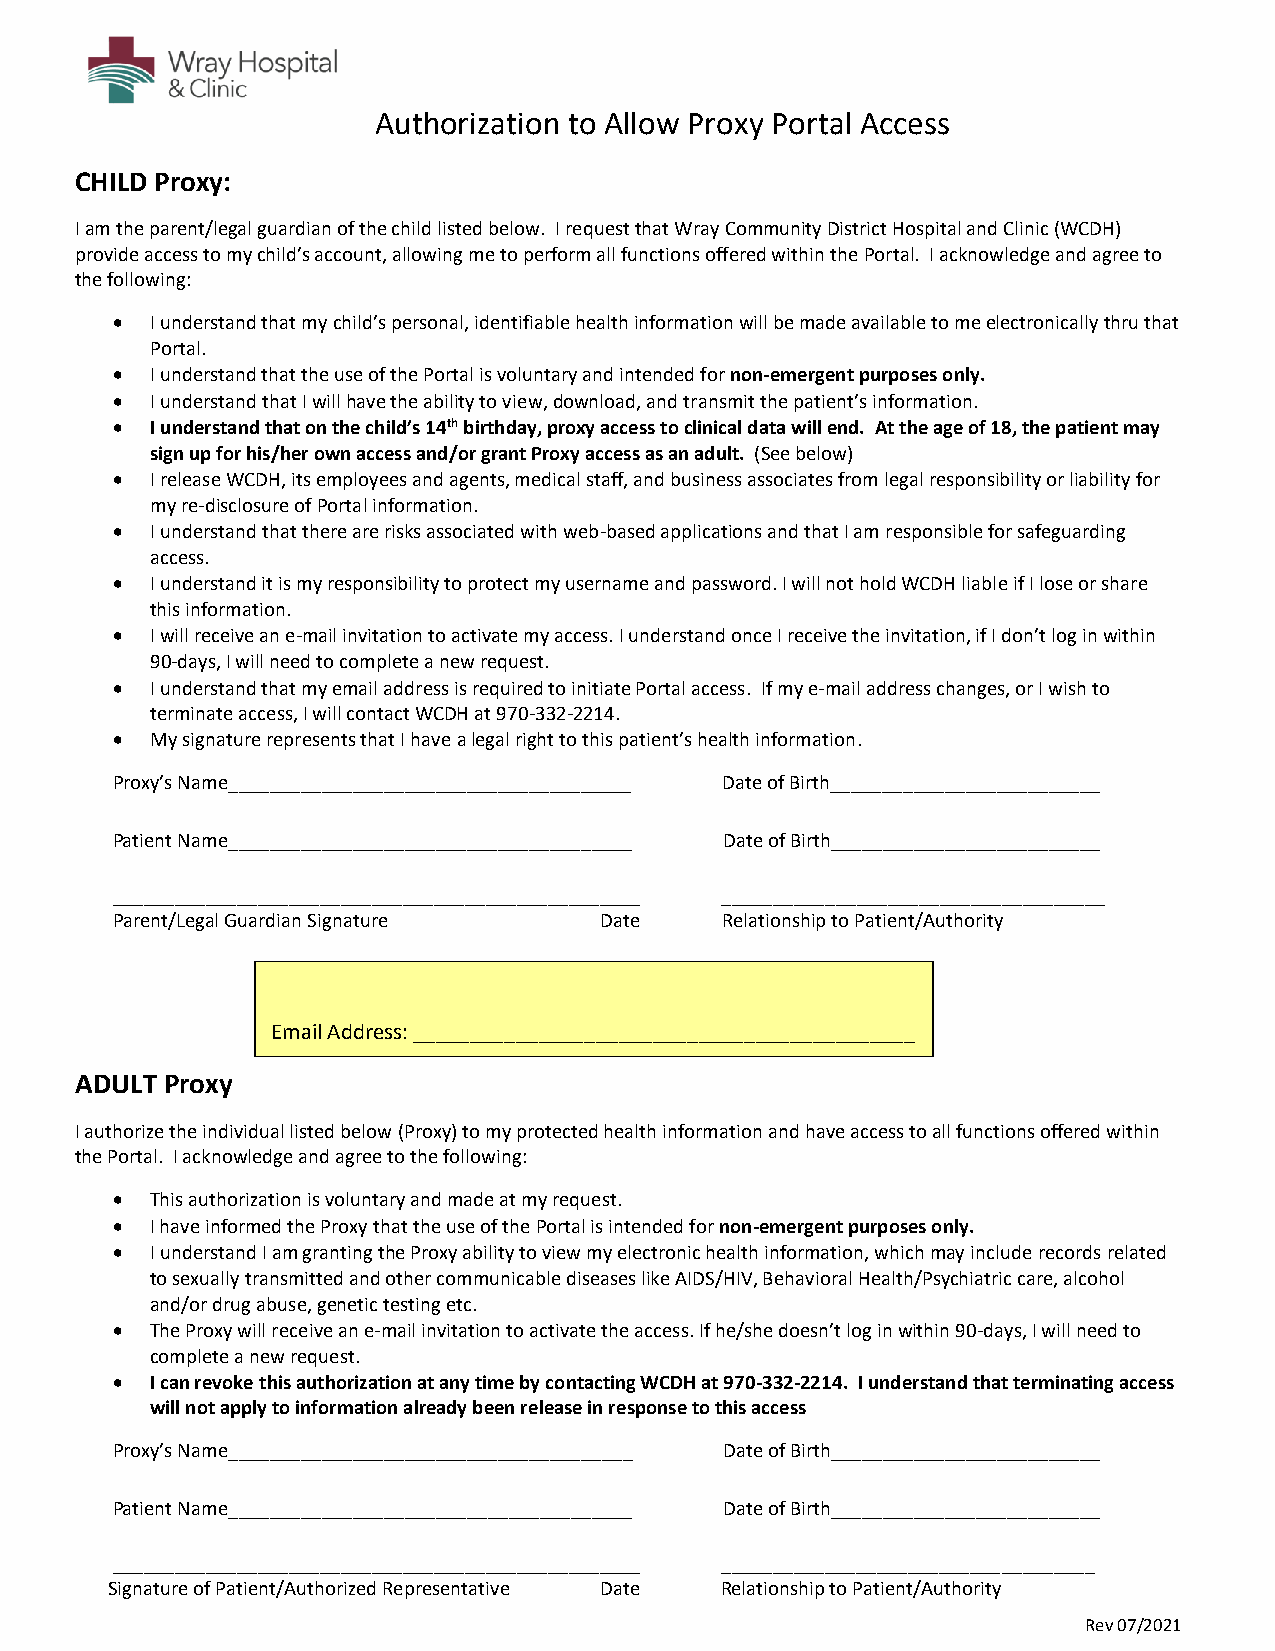
Authorization to Allow Proxy Portal Access
 CHILD Proxy:
 I am the parent/legal guardian of the child listed below. I request that Wray Community District Hospital and Clinic (WCDH)
 provide access to my child’s account, allowing me to perform all functions offered within the Portal. I acknowledge and agree to
 the following:
 •  I understand that my child’s personal, identifiable health information will be made available to me electronically thru that
 Portal.
 •  I understand that the use of the Portal is voluntary and intended for non-emergent purposes only.
 •  I understand that I will have the ability to view, download, and transmit the patient’s information.
 •  I understand that on the child’s 14th birthday, proxy access to clinical data will end. At the age of 18, the patient may
 sign up for his/her own access and/or grant Proxy access as an adult. (See below)
 •  I release WCDH, its employees and agents, medical staff, and business associates from legal responsibility or liability for
 my re-disclosure of Portal information.
 •  I understand that there are risks associated with web-based applications and that I am responsible for safeguarding
 access.
 •  I understand it is my responsibility to protect my username and password. I will not hold WCDH liable if I lose or share
 this information.
 •  I will receive an e-mail invitation to activate my access. I understand once I receive the invitation, if I don’t log in within
 90-days, I will need to complete a new request.
 •  I understand that my email address is required to initiate Portal access. If my e-mail address changes, or I wish to
 terminate access, I will contact WCDH at 970-332-2214.
 •  My signature represents that I have a legal right to this patient’s health information.
 Proxy’s Name_______________________________________ Date of Birth__________________________
 Patient Name_______________________________________ Date of Birth__________________________
 ___________________________________________________ _____________________________________
 Parent/Legal Guardian Signature  Date    Relationship to Patient/Authority
 Email Address: ____________________________________________
 ADULT Proxy
 I authorize the individual listed below (Proxy) to my protected health information and have access to all functions offered within
 the Portal. I acknowledge and agree to the following:
 •  This authorization is voluntary and made at my request.
 •  I have informed the Proxy that the use of the Portal is intended for non-emergent purposes only.
 •  I understand I am granting the Proxy ability to view my electronic health information, which may include records related
 to sexually transmitted and other communicable diseases like AIDS/HIV, Behavioral Health/Psychiatric care, alcohol
 and/or drug abuse, genetic testing etc.
 •  The Proxy will receive an e-mail invitation to activate the access. If he/she doesn’t log in within 90-days, I will need to
 complete a new request.
 •  I can revoke this authorization at any time by contacting WCDH at 970-332-2214. I understand that terminating access
 will not apply to information already been release in response to this access
 Proxy’s Name_______________________________________ Date of Birth__________________________
 Patient Name_______________________________________ Date of Birth__________________________
 ___________________________________________________ ____________________________________
 Signature of Patient/Authorized Representative Date Relationship to Patient/Authority
 Rev 07/2021